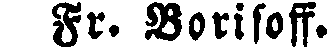
Fr. Borisoff.